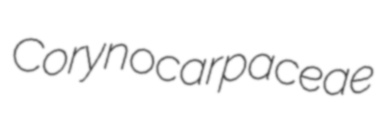
Corynocarpaceae